Leaving Certificate Examination, 1925
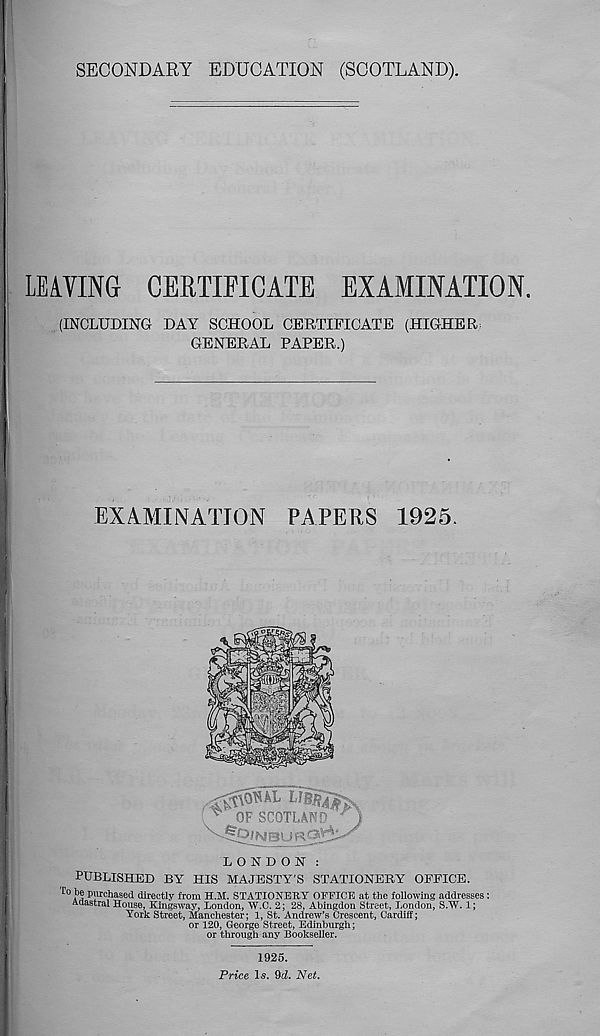
SECONDARY EDUCATION (SCOTLAND).
LEAVING CERTIFICATE EXAMINATION.
(INCLUDING DAY SCHOOL CERTIFICATE (HIGHER
GENERAL PAPER.)
EXAMINATION PAPERS
LONDON :
PUBLISHED BY HIS MAJESTY'S STATIONERY OEEICE.
To ?! Purchased directly from H.M. STATIONERY OEPICE at the following addresses:
Aaastral House, Kingsway, London, W.C. 2; 28, Abingdon Street, London, S.W. 1;
York Street, Manchester; 1, St. Andrew’s Crescent, Cardiff;
or 120, George Street, Edinburgh;
or through any Bookseller.
1925.
Price l-s. 9cZ. Net.